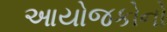
આયોજકોનો